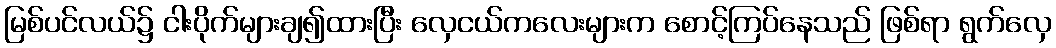
မြစ်ပင်လယ်၌ ငါးပိုက်များချ၍ထားပြီး လှေငယ်ကလေးများက စောင့်ကြပ်နေသည် ဖြစ်ရာ ရွက်လှေ